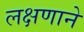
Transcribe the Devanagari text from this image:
लक्षणाने